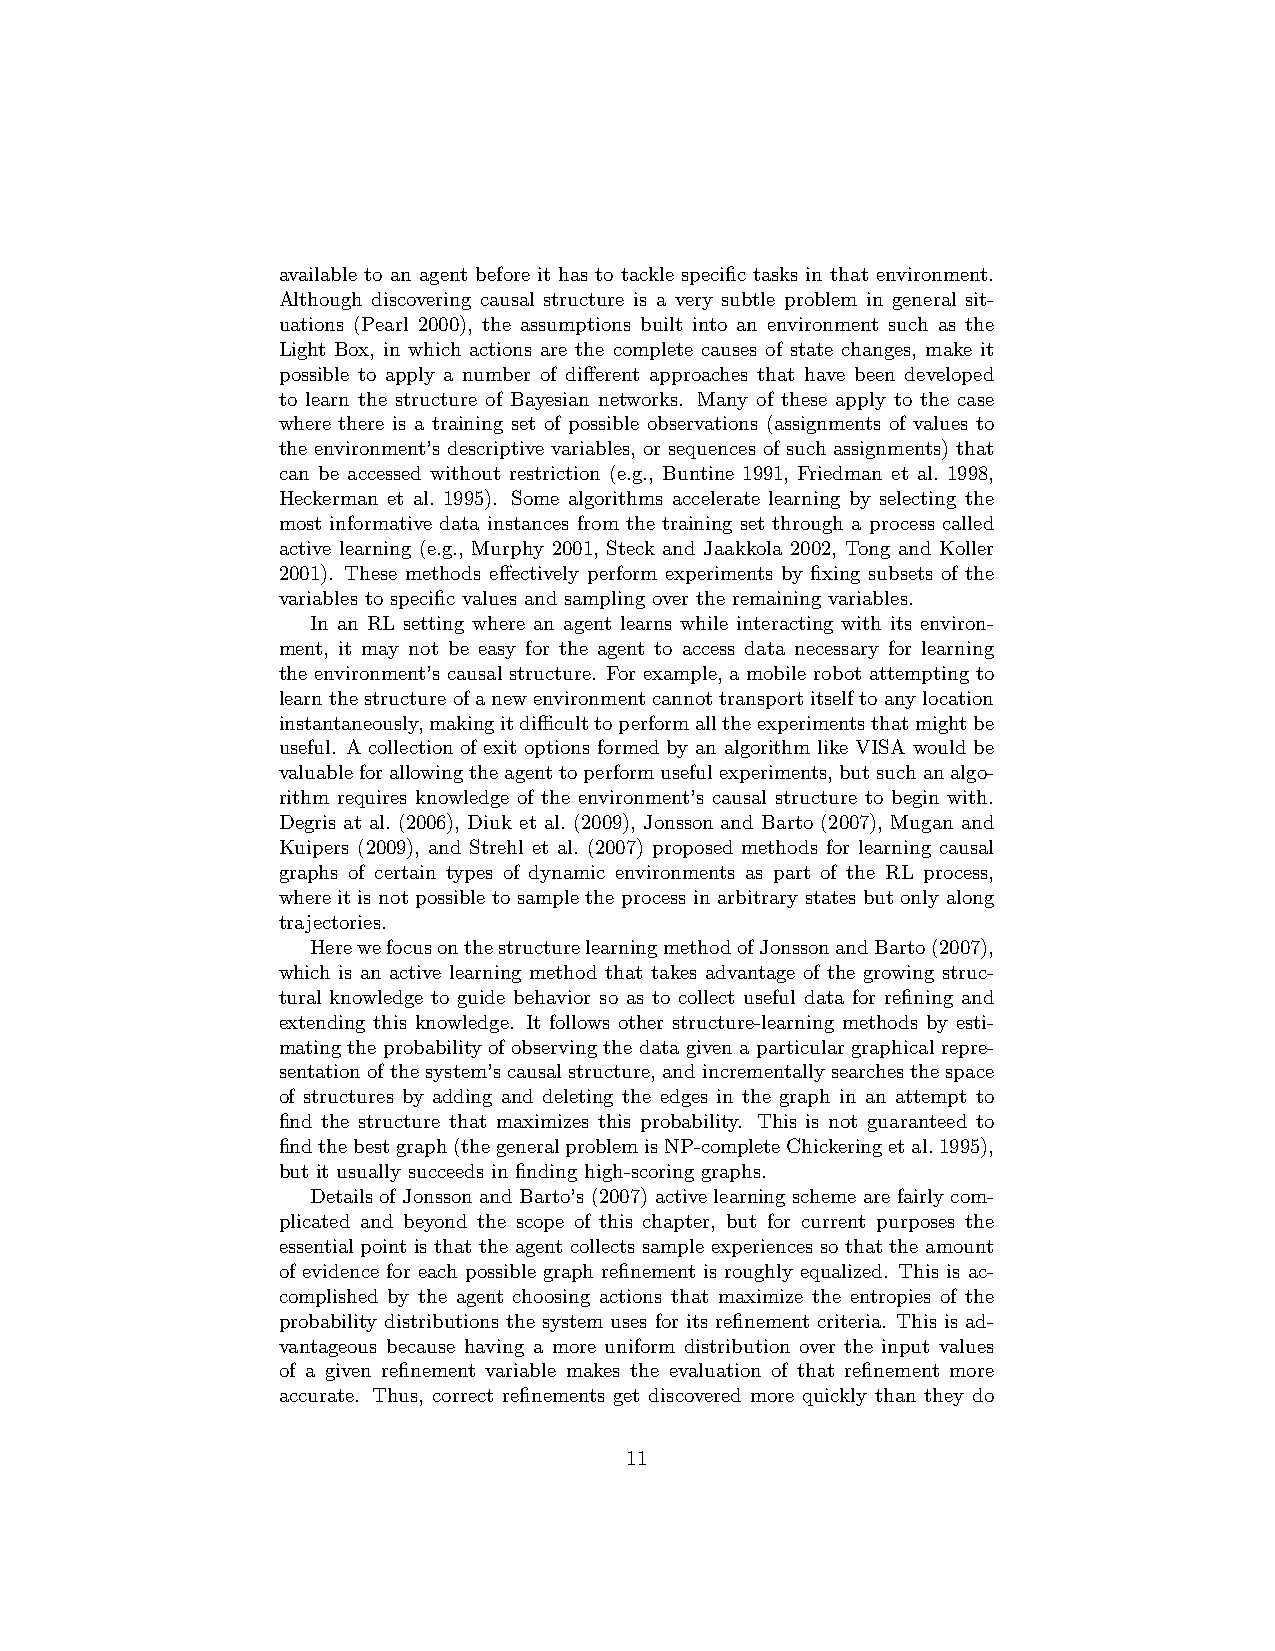
available to an agent before it has to tackle specific tasks in that environment.
 Although discovering causal structure is a very subtle problem in general sit-
 uations (Pearl 2000), the assumptions built into an environment such as the
 Light Box, in which actions are the complete causes of state changes, make it
 possible to apply a number of different approaches that have been developed
 to learn the structure of Bayesian networks. Many of these apply to the case
 where there is a training set of possible observations (assignments of values to
 the environment’s descriptive variables, or sequences of such assignments) that
 can be accessed without restriction (e.g., Buntine 1991, Friedman et al. 1998,
 Heckerman et al. 1995). Some algorithms accelerate learning by selecting the
 most informative data instances from the training set through a process called
 active learning (e.g., Murphy 2001, Steck and Jaakkola 2002, Tong and Koller
 2001). These methods effectively perform experiments by fixing subsets of the
 variables to specific values and sampling over the remaining variables.
 In an RL setting where an agent learns while interacting with its environ-
 ment, it may not be easy for the agent to access data necessary for learning
 the environment’s causal structure. For example, a mobile robot attempting to
 learnthestructureofanewenvironmentcannottransportitselftoanylocation
 instantaneously,makingitdifficulttoperformalltheexperimentsthatmightbe
 useful. A collection of exit options formed by an algorithm like VISA would be
 valuableforallowingtheagenttoperformusefulexperiments,butsuchanalgo-
 rithm requires knowledge of the environment’s causal structure to begin with.
 Degris at al. (2006), Diuk et al. (2009), Jonsson and Barto (2007), Mugan and
 Kuipers (2009), and Strehl et al. (2007) proposed methods for learning causal
 graphs of certain types of dynamic environments as part of the RL process,
 where it is not possible to sample the process in arbitrary states but only along
 trajectories.
 HerewefocusonthestructurelearningmethodofJonssonandBarto(2007),
 which is an active learning method that takes advantage of the growing struc-
 tural knowledge to guide behavior so as to collect useful data for refining and
 extending this knowledge. It follows other structure-learning methods by esti-
 mating the probability of observing the data given a particular graphical repre-
 sentationofthesystem’scausalstructure, andincrementallysearchesthespace
 of structures by adding and deleting the edges in the graph in an attempt to
 find the structure that maximizes this probability. This is not guaranteed to
 findthebestgraph(thegeneralproblemisNP-completeChickeringetal.1995),
 but it usually succeeds in finding high-scoring graphs.
 DetailsofJonssonandBarto’s(2007)activelearningschemearefairlycom-
 plicated and beyond the scope of this chapter, but for current purposes the
 essential point is that the agent collects sample experiences so that the amount
 of evidence for each possible graph refinement is roughly equalized. This is ac-
 complished by the agent choosing actions that maximize the entropies of the
 probability distributions the system uses for its refinement criteria. This is ad-
 vantageous because having a more uniform distribution over the input values
 of a given refinement variable makes the evaluation of that refinement more
 accurate. Thus, correct refinements get discovered more quickly than they do
 11